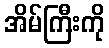
အိမ်ကြီးကို